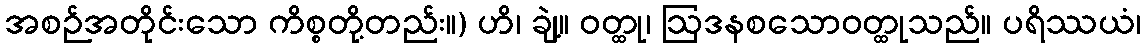
အစဉ်အတိုင်းသော ကိစ္စတို့တည်း။) ဟိ၊ ချဲ့။ ဝတ္ထု၊ ဩဒနစသောဝတ္ထုသည်။ ပရိဿယံ၊